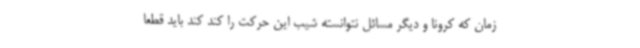
زمان که کرونا و دیگر مسائل نتوانسته شیب این حرکت را کند کند باید قطعا